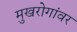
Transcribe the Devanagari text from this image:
मुखरोगांवर